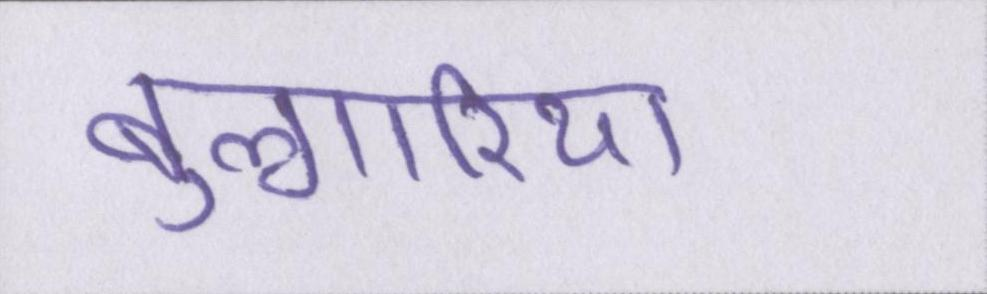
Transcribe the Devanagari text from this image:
बुल्गारिया